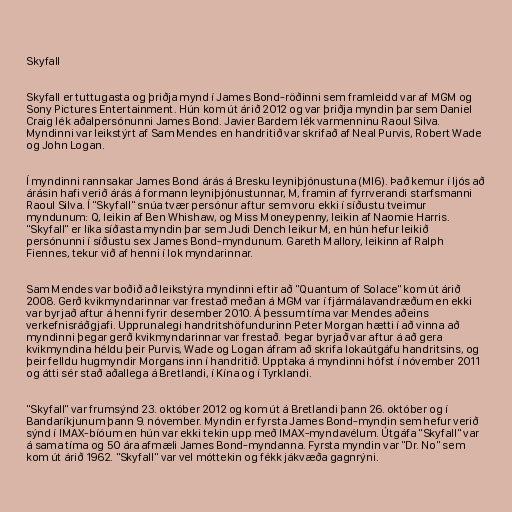
Skyfall

Skyfall er tuttugasta og þriðja mynd í James Bond-röðinni sem framleidd var af MGM og
Sony Pictures Entertainment. Hún kom út árið 2012 og var þriðja myndin þar sem Daniel
Craig lék aðalpersónunni James Bond. Javier Bardem lék varmenninu Raoul Silva.
Myndinni var leikstýrt af Sam Mendes en handritið var skrifað af Neal Purvis, Robert Wade
og John Logan.

Í myndinni rannsakar James Bond árás á Bresku leyniþjónustuna (MI6). Það kemur í ljós að
árásin hafi verið árás á formann leyniþjónustunnar, M, framin af fyrrverandi starfsmanni
Raoul Silva. Í "Skyfall" snúa tvær persónur aftur sem voru ekki í síðustu tveimur
myndunum: Q, leikin af Ben Whishaw, og Miss Moneypenny, leikin af Naomie Harris.
"Skyfall" er líka síðasta myndin þar sem Judi Dench leikur M, en hún hefur leikið
persónunni í síðustu sex James Bond-myndunum. Gareth Mallory, leikinn af Ralph
Fiennes, tekur við af henni í lok myndarinnar.

Sam Mendes var boðið að leikstýra myndinni eftir að "Quantum of Solace" kom út árið
2008. Gerð kvikmyndarinnar var frestað meðan á MGM var í fjármálavandræðum en ekki
var byrjað aftur á henni fyrir desember 2010. Á þessum tíma var Mendes aðeins
verkefnisráðgjafi. Upprunalegi handritshöfundurinn Peter Morgan hætti í að vinna að
myndinni þegar gerð kvikmyndarinnar var frestað. Þegar byrjað var aftur á að gera
kvikmyndina héldu þeir Purvis, Wade og Logan áfram að skrifa lokaútgáfu handritsins, og
þeir felldu hugmyndir Morgans inn í handritið. Upptaka á myndinni hófst í nóvember 2011
og átti sér stað aðallega á Bretlandi, í Kína og í Tyrklandi.

"Skyfall" var frumsýnd 23. október 2012 og kom út á Bretlandi þann 26. október og í
Bandaríkjunum þann 9. nóvember. Myndin er fyrsta James Bond-myndin sem hefur verið
sýnd í IMAX-bíóum en hún var ekki tekin upp með IMAX-myndavélum. Útgáfa "Skyfall" var
á sama tíma og 50 ára afmæli James Bond-myndanna. Fyrsta myndin var "Dr. No" sem
kom út árið 1962. "Skyfall" var vel móttekin og fékk jákvæða gagnrýni.